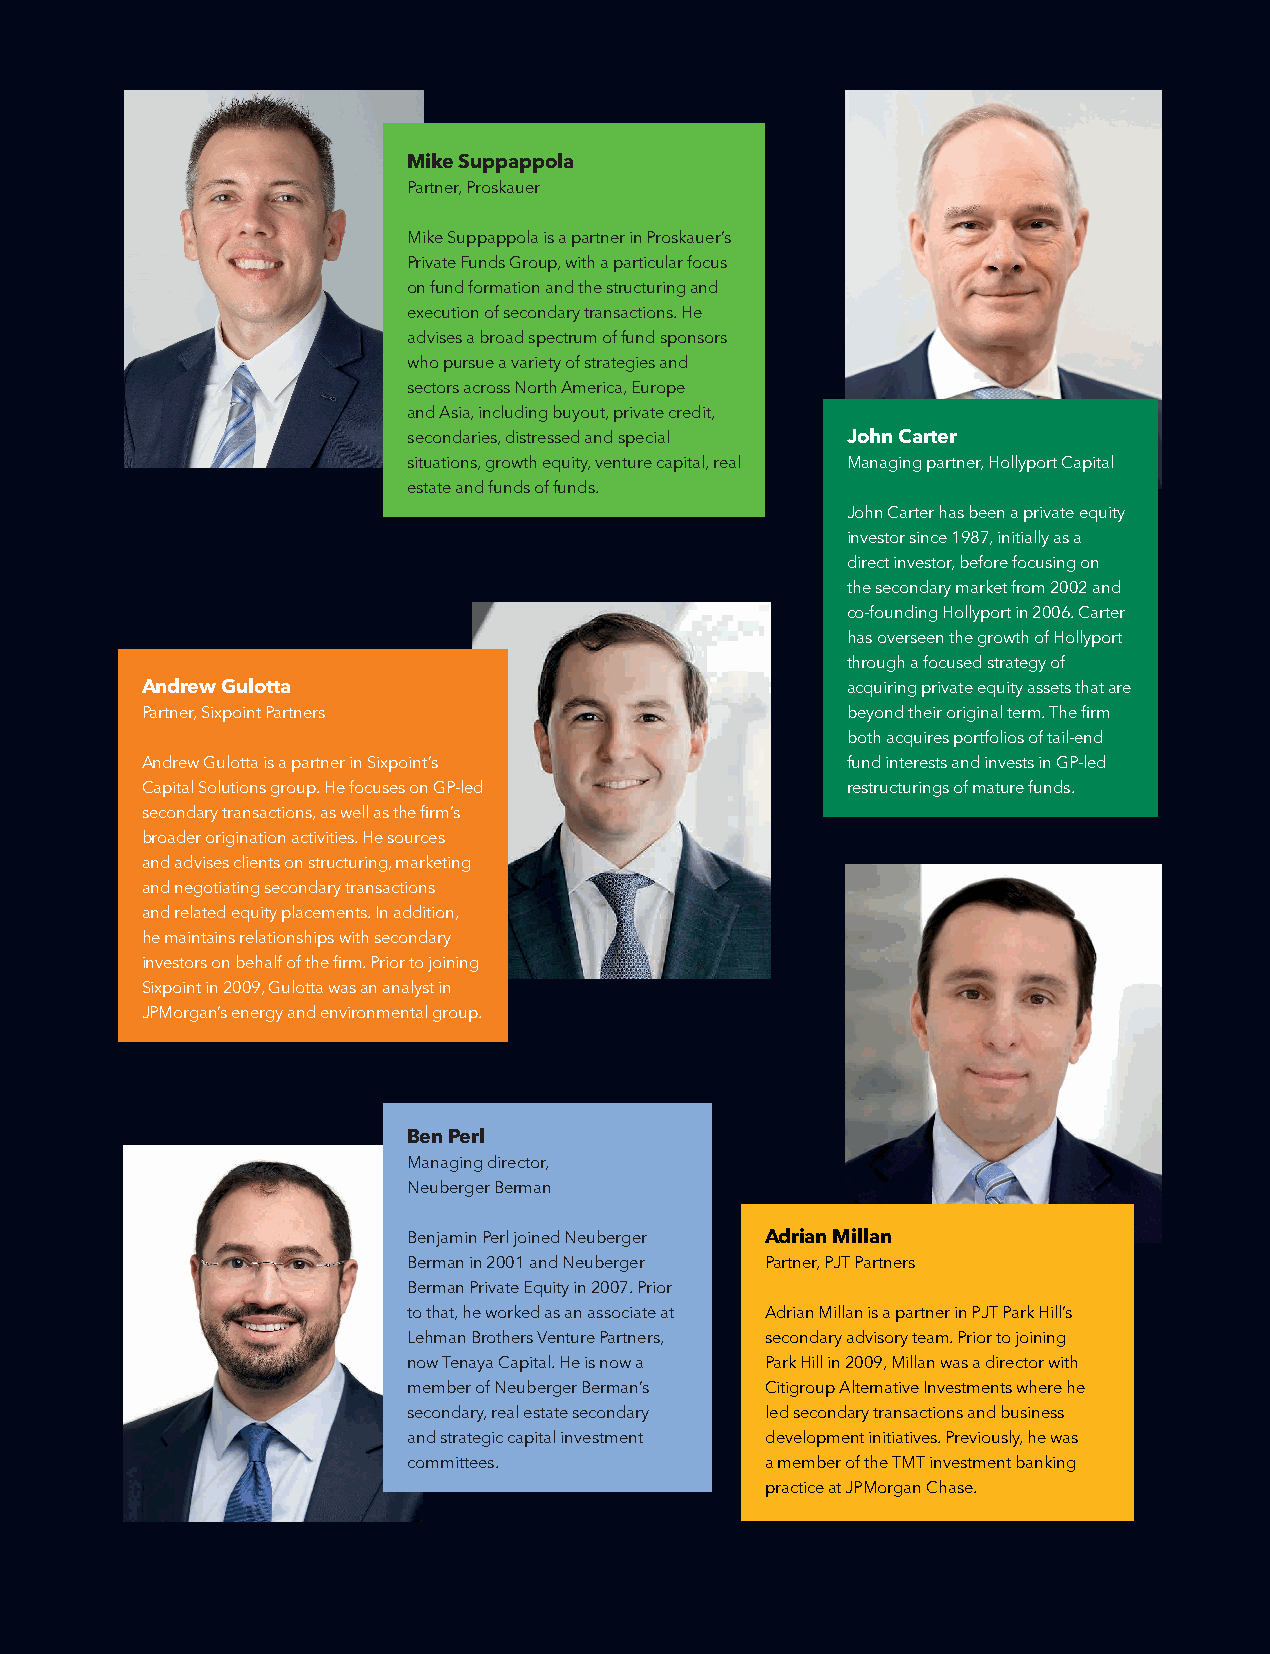
Analysis                                                      Analysis
 Mike Suppappola
 PHOTOGRAPHY: CREDIT NAME HERE
 Partner, Proskauer
 Mike Suppappola is a partner in Proskauer’s
 Private Funds Group, with a particular focus
 on fund formation and the structuring and
 execution of secondary transactions. He
 advises a broad spectrum of fund sponsors
 who pursue a variety of strategies and
 sectors across North America, Europe
 and Asia, including buyout, private credit,
 secondaries, distressed and special John Carter
 situations, growth equity, venture capital, real Managing partner, Hollyport Capital
 estate and funds of funds.
 John Carter has been a private equity
 investor since 1987, initially as a
 direct investor, before focusing on
 the secondary market from 2002 and
 co-founding Hollyport in 2006. Carter
 has overseen the growth of Hollyport
 through a focused strategy of
 Andrew Gulotta                                 acquiring private equity assets that are
 Partner, Sixpoint Partners                     beyond their original term. The firm
 both acquires portfolios of tail-end
 Andrew Gulotta is a partner in Sixpoint’s      fund interests and invests in GP-led
 Capital Solutions group. He focuses on GP-led  restructurings of mature funds.
 secondary transactions, as well as the firm’s
 broader origination activities. He sources
 and advises clients on structuring, marketing
 and negotiating secondary transactions
 and related equity placements. In addition,
 he maintains relationships with secondary
 investors on behalf of the firm. Prior to joining
 Sixpoint in 2009, Gulotta was an analyst in
 JPMorgan’s energy and environmental group.
 Ben Perl
 Managing director,
 Neuberger Berman
 Benjamin Perl joined Neuberger Adrian Millan
 Berman in 2001 and Neuberger Partner, PJT Partners
 Berman Private Equity in 2007. Prior
 to that, he worked as an associate at Adrian Millan is a partner in PJT Park Hill’s
 Lehman Brothers Venture Partners, secondary advisory team. Prior to joining
 now Tenaya Capital. He is now a Park Hill in 2009, Millan was a director with
 member of Neuberger Berman’s Citigroup Alternative Investments where he
 secondary, real estate secondary led secondary transactions and business
 and strategic capital investment development initiatives. Previously, he was
 committees.             a member of the TMT investment banking
 practice at JPMorgan Chase.
 December 2021 • Buyouts 31